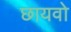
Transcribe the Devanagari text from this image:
छायवो